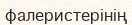
фалеристерінің